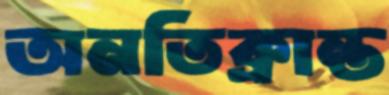
অনতিক্রান্ত